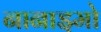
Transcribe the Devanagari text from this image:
नानाइमो